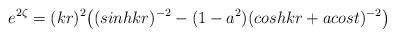
LaTeX: \begin{align*}e^{2\zeta} = (kr)^2\bigl ( (sinhkr)^{-2} - (1 - a^2)(coshkr + acost)^{-2}\bigr)\end{align*}